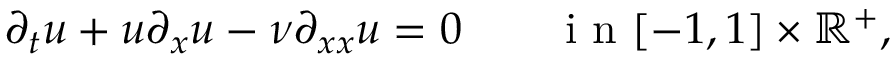
\partial _ { t } u + u \partial _ { x } u - \nu \partial _ { x x } u = 0 \qquad \mathrm { ~ i ~ n ~ } [ - 1 , 1 ] \times \mathbb { R } ^ { + } ,